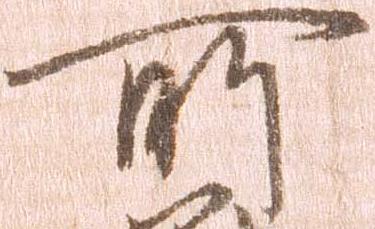
所